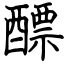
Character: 醥